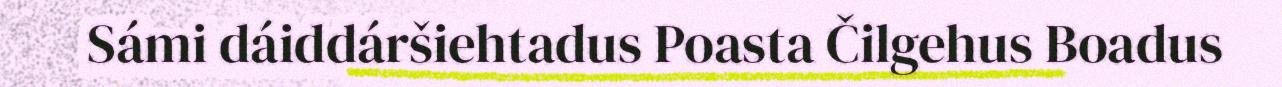
Sámi dáiddáršiehtadus Poasta Čilgehus Boadus